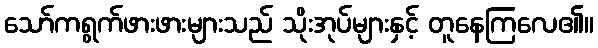
သော်ကရွက်ဖားဖားများသည် သိုးအုပ်များနှင့် တူနေကြလေ၏။